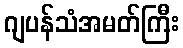
ဂျပန်သံအမတ်ကြီး